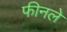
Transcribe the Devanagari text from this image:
फीनले